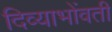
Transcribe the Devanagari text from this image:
दिव्याभोंवती